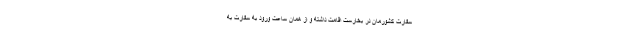
سفارت کشورمان در بخارست اقامت داشته و از همان ساعت ورود به سفارت به